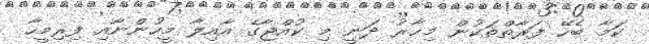
ކަމާ ބެހޭ ފަރާތްތަކުން މިހާރު ދަނީ މި ކުއްޖާގެ އާއިލާ މީހުންނާއި ފިރިމީހާ